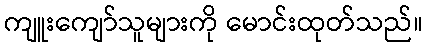
ကျူးကျော်သူများကို မောင်းထုတ်သည်။